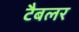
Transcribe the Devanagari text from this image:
टैबलर